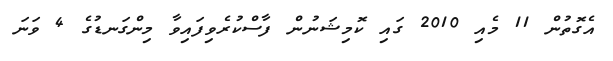
އެގޮތުން 11 މެއި 2010 ގައި ކޮމިޝަނުން ފާސްކުރެވިފައިވާ މިންގަނޑުގެ 4 ވަނަ